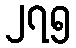
၂၇၅